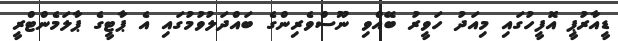
ޑީއާރުޕީ އޮފީހުގައި މިއަދު ހަވީރު ބޭއްވި ނޫސްވެރިންގެ ބައްދަލުވުމުގައި އެ ޕާޓީގެ ޕާލަމެންޓްރީ